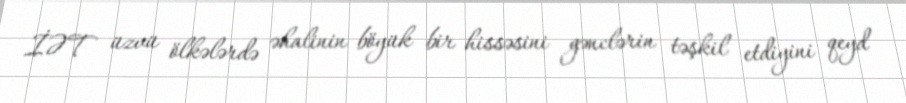
İƏT üzvü ölkələrdə əhalinin böyük bir hissəsini gənclərin təşkil etdiyini qeyd